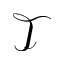
\mathcal { T }